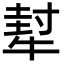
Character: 犎